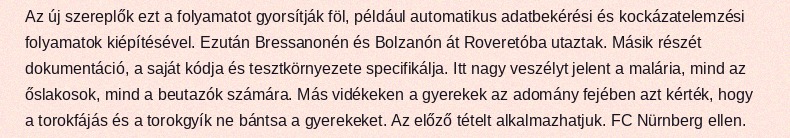
Az új szereplők ezt a folyamatot gyorsítják föl, például automatikus adatbekérési és kockázatelemzési folyamatok kiépítésével. Ezután Bressanonén és Bolzanón át Roveretóba utaztak. Másik részét dokumentáció, a saját kódja és tesztkörnyezete specifikálja. Itt nagy veszélyt jelent a malária, mind az őslakosok, mind a beutazók számára. Más vidékeken a gyerekek az adomány fejében azt kérték, hogy a torokfájás és a torokgyík ne bántsa a gyerekeket. Az előző tételt alkalmazhatjuk. FC Nürnberg ellen.